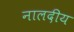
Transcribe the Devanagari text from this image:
नालदीय